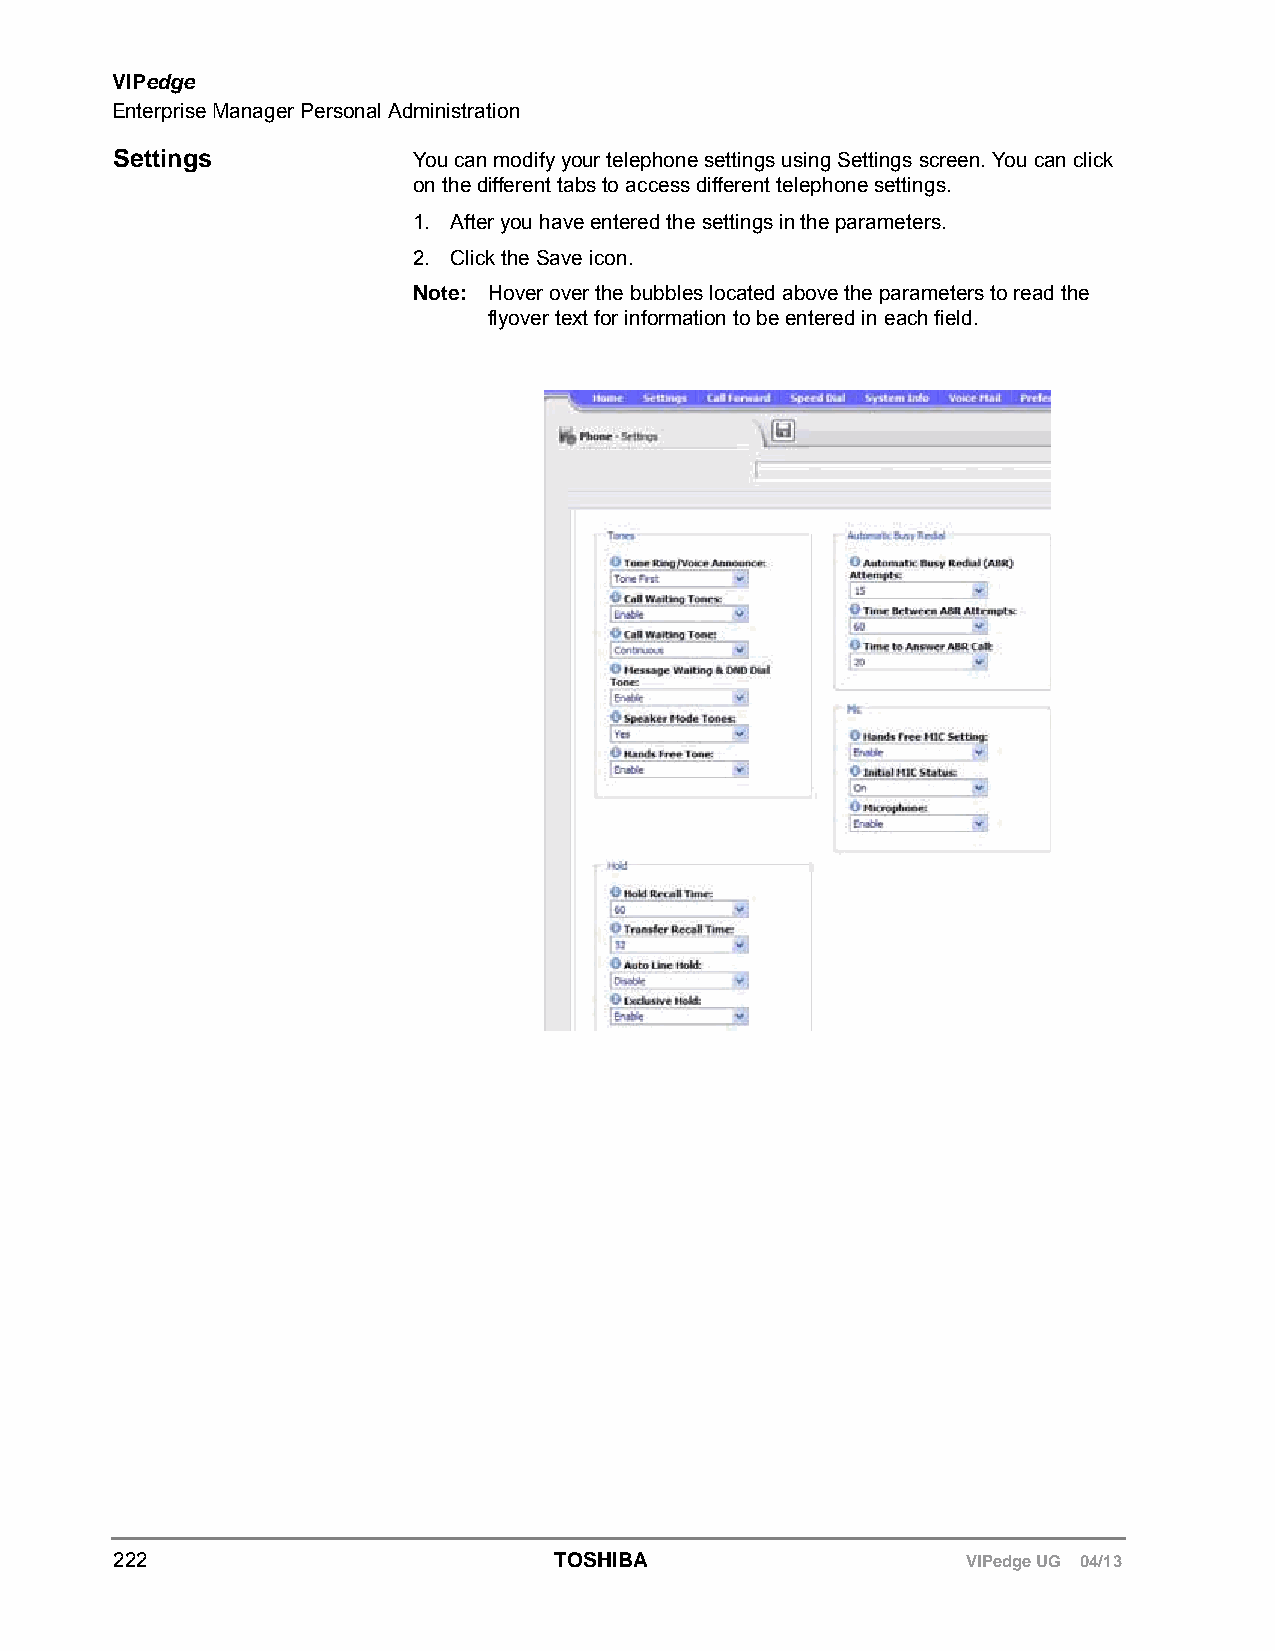
VIPedge
 Enterprise Manager Personal Administration
 Settings           You can modify your telephone settings using Settings screen. You can click
 on the different tabs to access different telephone settings.
 1. After you have entered the settings in the parameters.
 2. Click the Save icon.
 Note: Hover over the bubbles located above the parameters to read the
 flyover text for information to be entered in each field.
 222                          TOSHIBA                    VIPedge UG 04/13